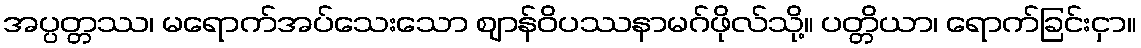
အပ္ပတ္တဿ၊ မရောက်အပ်သေးသော ဈာန်ဝိပဿနာမဂ်ဖိုလ်သို့။ ပတ္တိယာ၊ ရောက်ခြင်းငှာ။